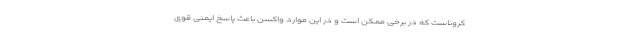
کروناست که در برخی ممکن است و در این موارد واکسن باعث پاسخ ایمنی قوی